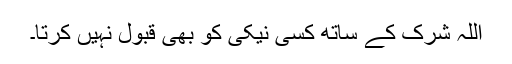
اللہ شرک کے ساتھ کسی نیکی کو بھی قبول نہیں کرتا۔